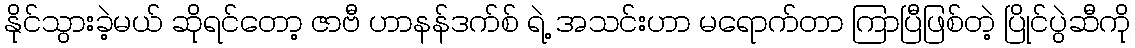
နိုင်သွားခဲ့မယ် ဆိုရင်တော့ ဇာဗီ ဟာနန်ဒက်စ် ရဲ့ အသင်းဟာ မရောက်တာ ကြာပြီဖြစ်တဲ့ ပြိုင်ပွဲဆီကို